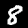
Label: 8